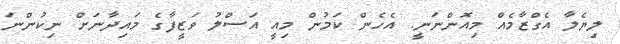
ލިޔެލާ އެގްޒާމެއް މިއޮންނަނީ. އެހެން ކަމުން މިއީ އަސްލު ވަޒީފާގެ މައިދާނަށް ނިކުންނަ